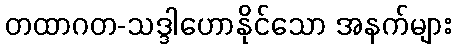
တထာဂတ-သဒ္ဒါဟောနိုင်သော အနက်များ